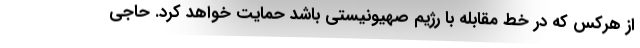
از هرکس که در خط مقابله با رژیم صهیونیستی باشد حمایت خواهد کرد. حاجی